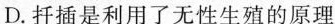
D.扦插是利用了无性生殖的原理